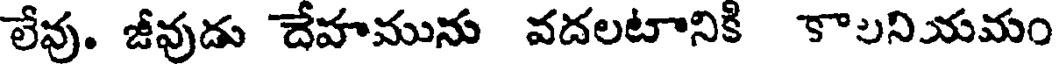
లేవు. జీవుడు దేహమును వదలటానికి కాలనియమం